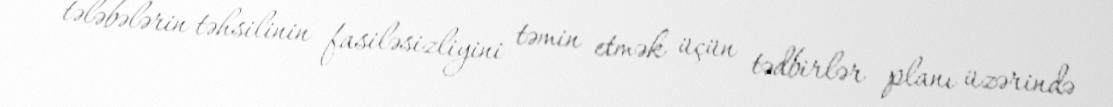
tələbələrin təhsilinin fasiləsizliyini təmin etmək üçün tədbirlər planı üzərində